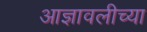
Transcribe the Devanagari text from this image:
आज्ञावलीच्या